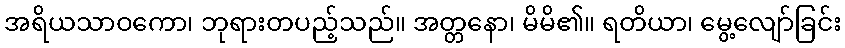
အရိယသာဝကော၊ ဘုရားတပည့်သည်။ အတ္တနော၊ မိမိ၏။ ရတိယာ၊ မွေ့လျော်ခြင်း